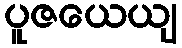
ပူဇယေယျ